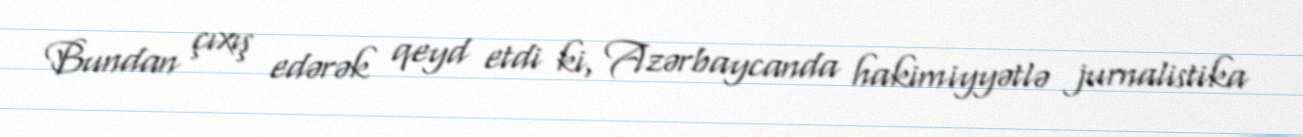
Bundan çıxış edərək qeyd etdi ki, Azərbaycanda hakimiyyətlə jurnalistika